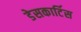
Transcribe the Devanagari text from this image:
डेसकार्टिस